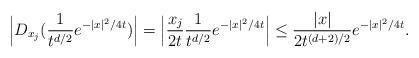
LaTeX: \begin{align*}\Big \vert D_{x_j}(\frac{1}{t^{d/2}}e^{-|x|^2/4t})\Big \vert = \Big \vert \frac{x_j}{2t}\frac{1}{t^{d/2}}e^{-|x|^2/4t}\Big \vert \leq \frac{|x|}{2t^{(d+2)/2}}e^{-|x|^2/4t}.\end{align*}